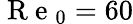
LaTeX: \mathrm{~R~e~}_{0}=60